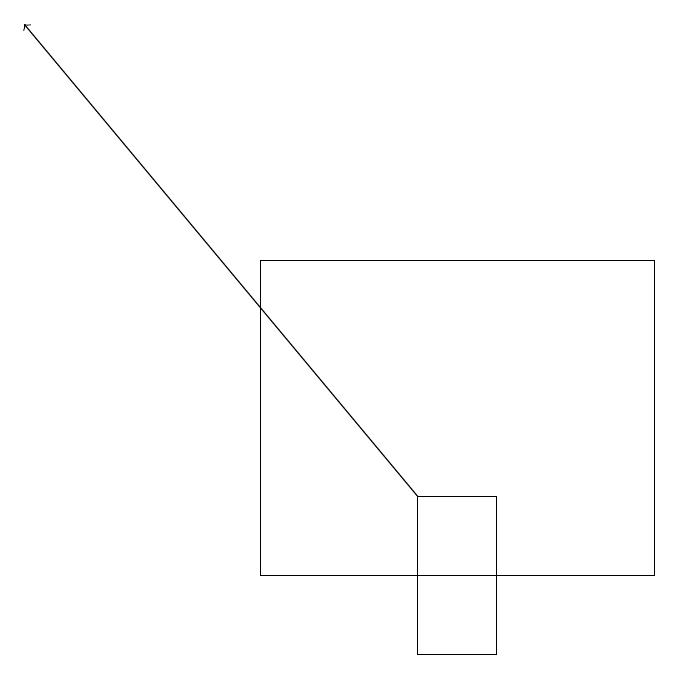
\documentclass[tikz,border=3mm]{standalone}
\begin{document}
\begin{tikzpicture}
\draw (9,16) rectangle (4,12);
\draw (7,13) rectangle (6,11);
\draw[->] (6,13) -- (1,19);
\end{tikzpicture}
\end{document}